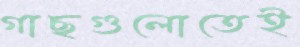
গাছগুলোতেই